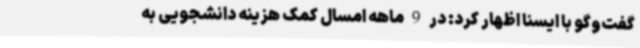
گفت‌وگو با ایسنا اظهار کرد: در 9 ماهه امسال کمک هزینه دانشجویی به